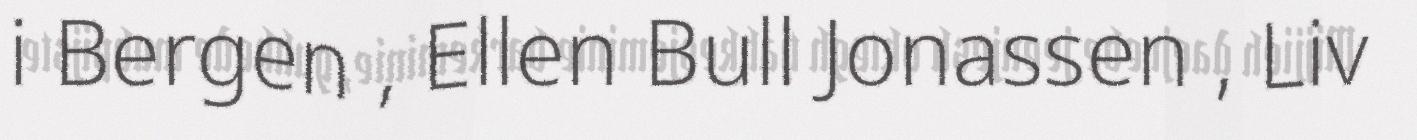
i Bergen , Ellen Bull Jonassen , Liv